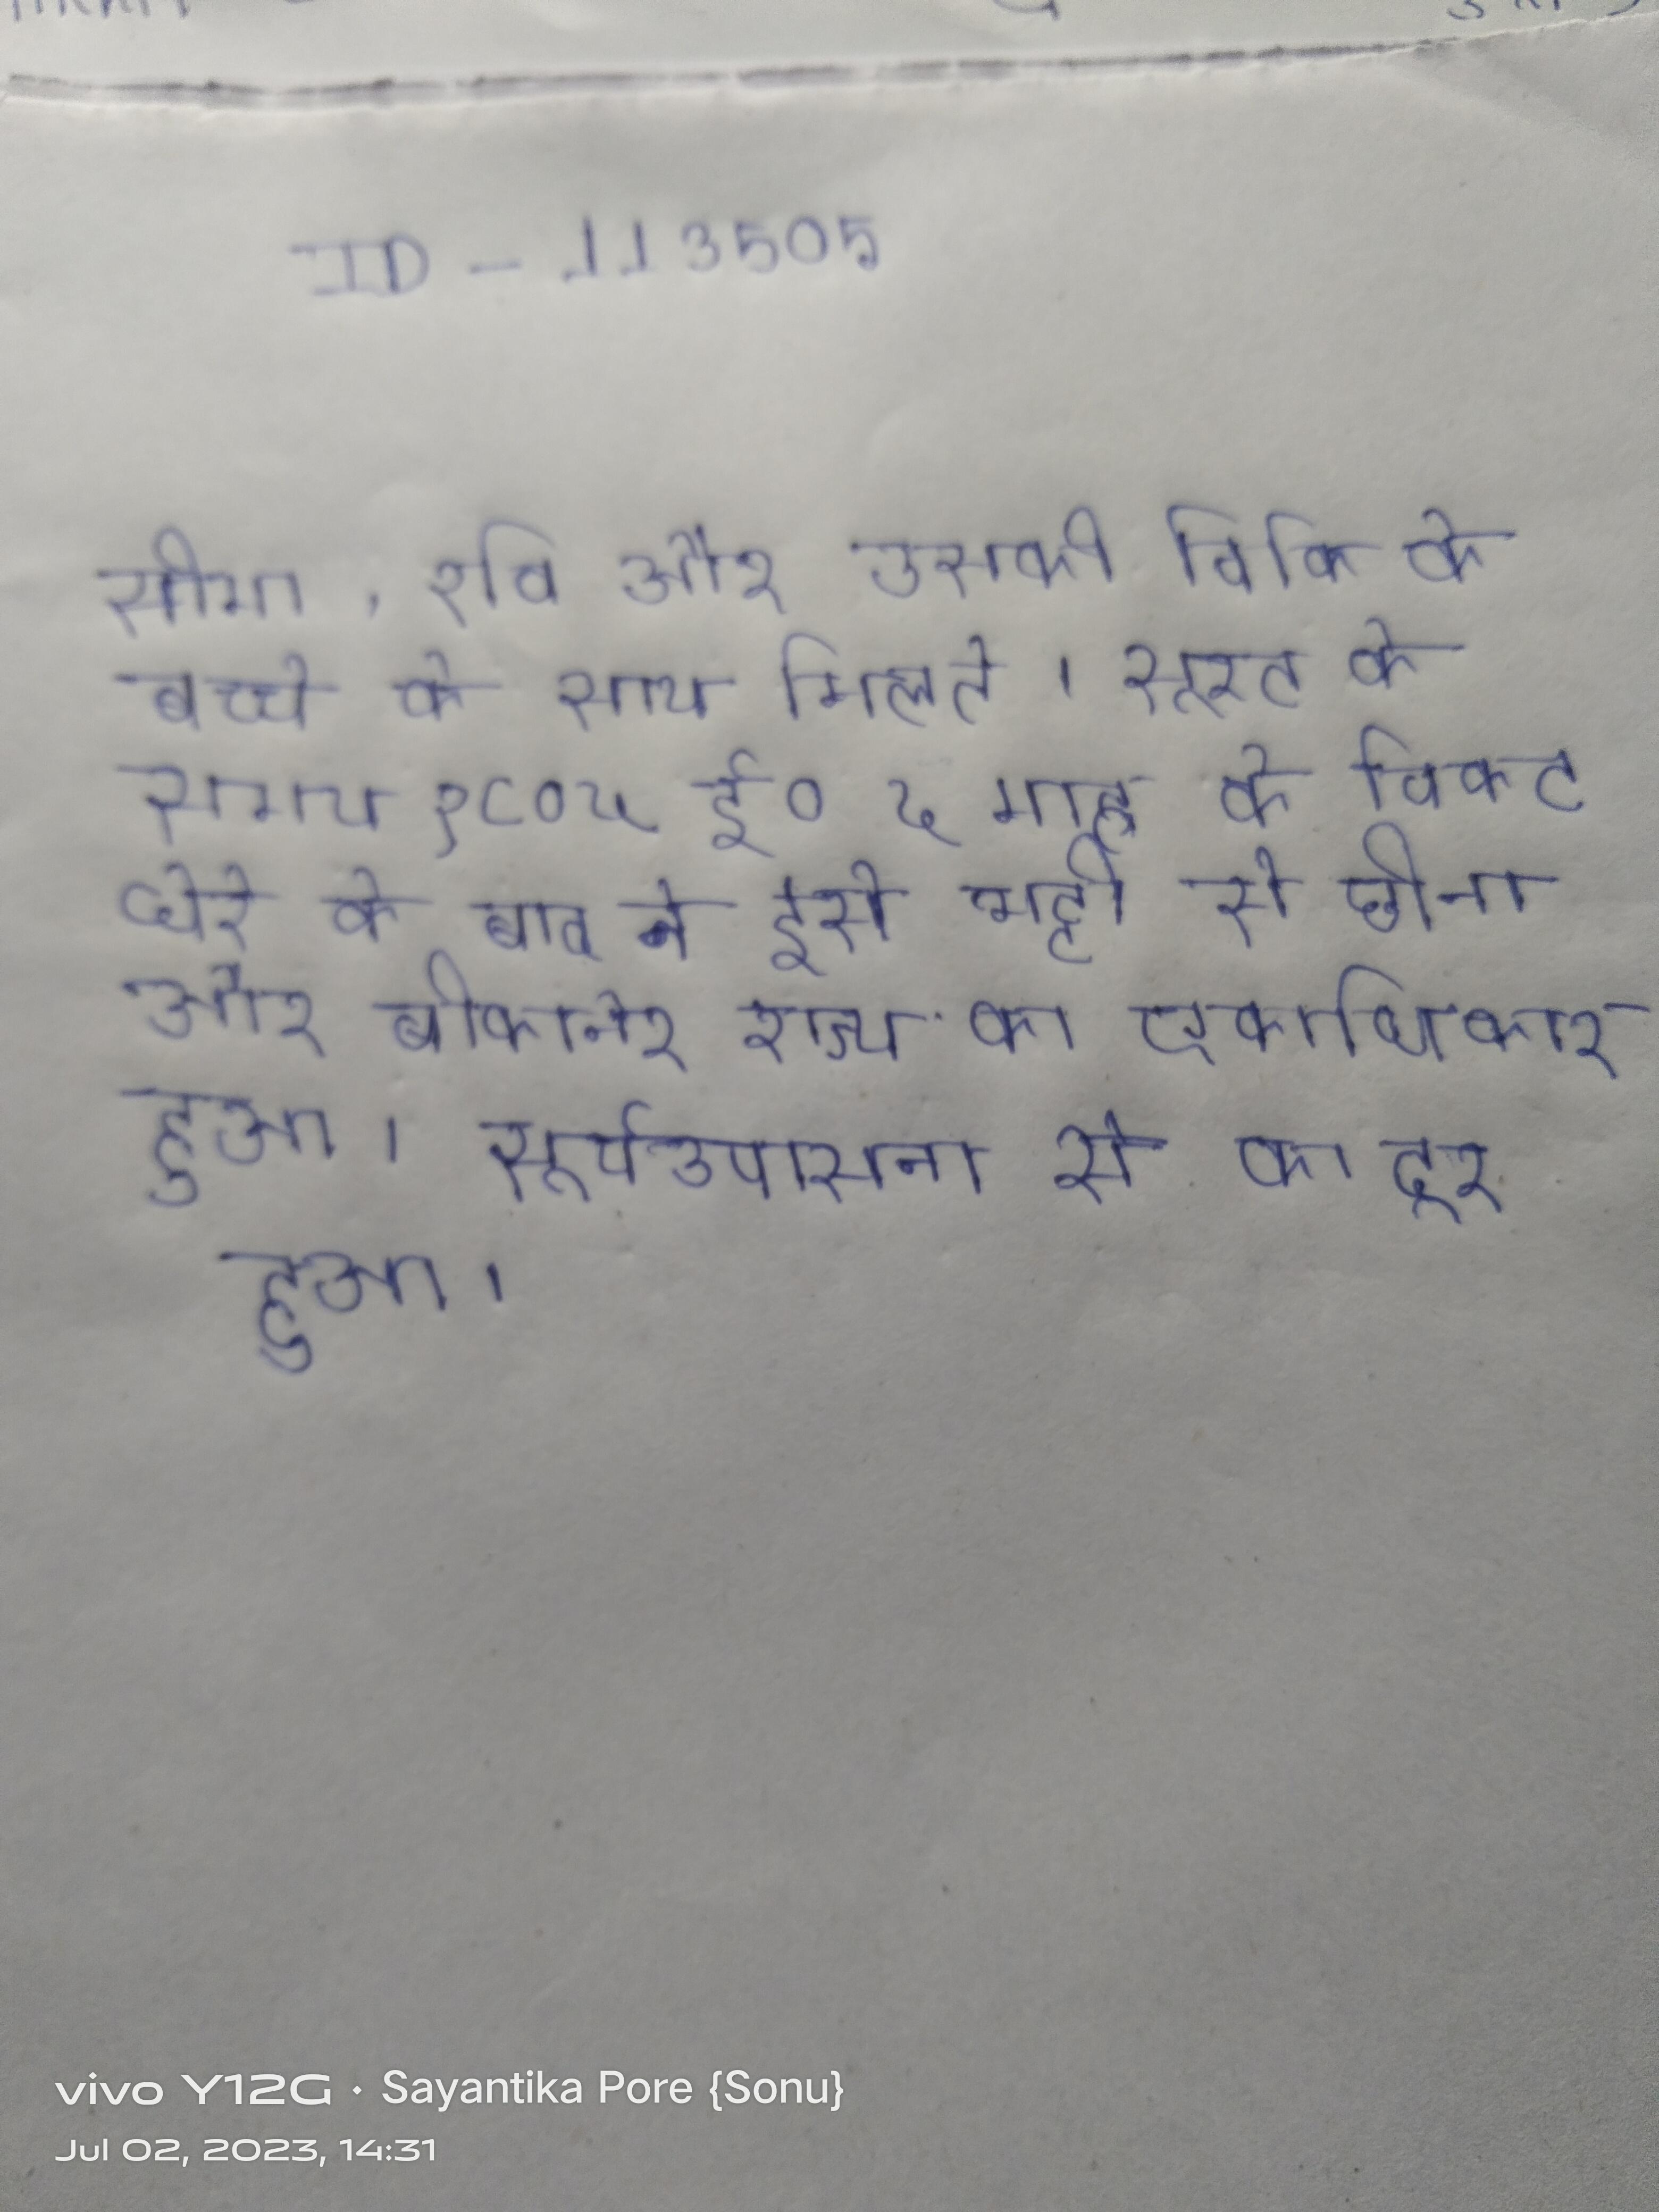
सीमा, रवि और उसकी विकि के बच्चे के साथ मिलते । सूरत के समय १८०५ ई० ५ माह के विकट घेरे के बाद ने इसे भट्टी से छीना और बीकानेर राज्य का एकाधिकार हुआ । सूर्यउपासना से का दूर हुआ ।